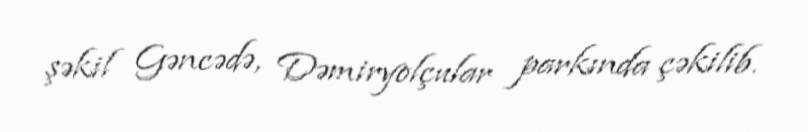
şəkil Gəncədə, Dəmiryolçular parkında çəkilib.